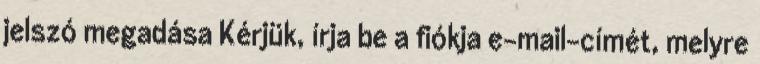
jelszó megadása Kérjük, írja be a fiókja e-mail-címét, melyre